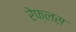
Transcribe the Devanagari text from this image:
रेफ्लस